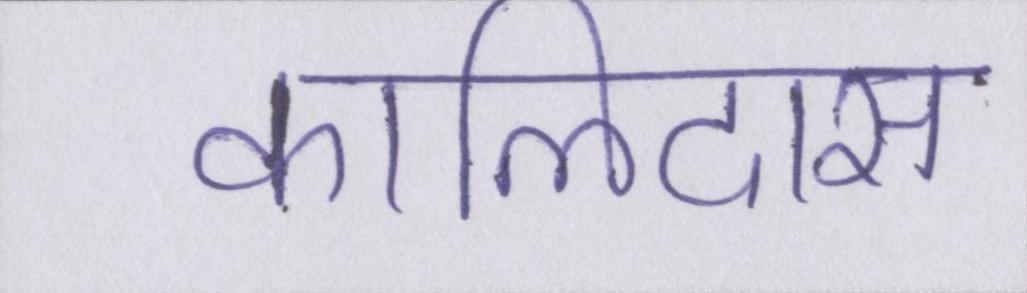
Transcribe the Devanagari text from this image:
कालिदास